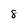
Character: 8